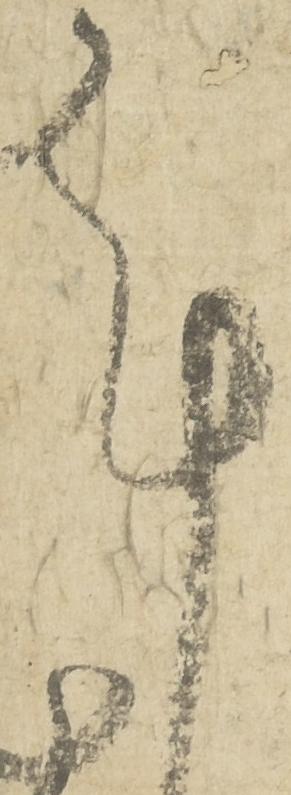
謹